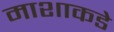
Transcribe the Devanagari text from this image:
माशाकडे